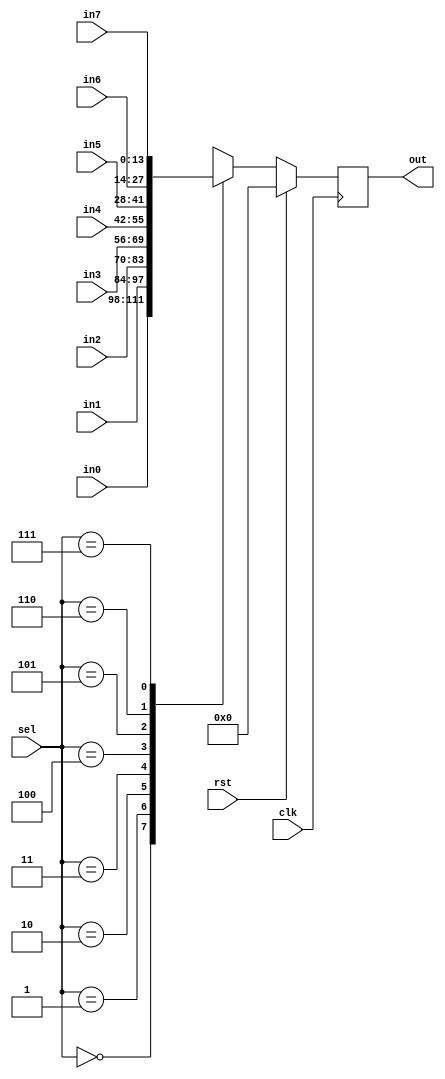
// This program was cloned from: https://github.com/marceluda/rp_lock-in_pid
// License: GNU General Public License v3.0

module muxer_reg3 #(
   parameter     RES = 14 
)
(
   // input
   input                 clk,rst,
   input      [  3-1: 0] sel,             // Select wire 0-7
   input      [RES-1: 0] in0,
   input      [RES-1: 0] in1,
   input      [RES-1: 0] in2,
   input      [RES-1: 0] in3,
   input      [RES-1: 0] in4,
   input      [RES-1: 0] in5,
   input      [RES-1: 0] in6,
   input      [RES-1: 0] in7,

   // output
   output reg [RES-1: 0] out                // output data
);


// switch
always @(posedge clk)
   if (rst)
      out      <=  3'b0; 
   else
      case (sel)
         3'd00   :  out  <= in0  ;
         3'd01   :  out  <= in1  ;
         3'd02   :  out  <= in2  ;
         3'd03   :  out  <= in3  ;
         3'd04   :  out  <= in4  ;
         3'd05   :  out  <= in5  ;
         3'd06   :  out  <= in6  ;
         3'd07   :  out  <= in7  ;
         default :  out  <= 3'b0 ; 
      endcase ;
   
 


endmodule

/*
muxer_reg3  #( .RES ( 14 ) ) i_muxer_reg3_NOMBRE (
    // input
   .clk(clk),.rst(rst),    .sel (  sel  ), // select cable
    .in0  ( 14'b0 ), // in0 
    .in1  ( 14'b0 ), // in1 
    .in2  ( 14'b0 ), // in2 
    .in3  ( 14'b0 ), // in3 
    .in4  ( 14'b0 ), // in4 
    .in5  ( 14'b0 ), // in5 
    .in6  ( 14'b0 ), // in6 
    .in7  ( 14'b0 ), // in7 
    // output
    .out ( out   )
);
*/